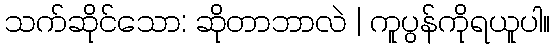
သက်ဆိုင်သော: ဆိုတာဘာလဲ | ကူပွန်ကိုရယူပါ။